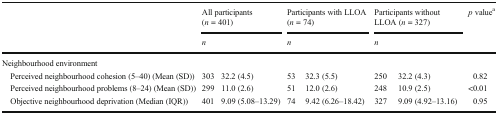
<table><thead><tr><td rowspan="2"></td><td colspan="2"><b>All participants (<i>n</i> = 401)</b></td><td colspan="2"><b>Participants with LLOA (<i>n</i> = 74)</b></td><td colspan="2"><b>Participants without LLOA (<i>n</i> = 327)</b></td><td rowspan="2"><b><i>p</i> value<sup>a</sup></b></td></tr><tr><td colspan="2"><b><i>n</i></b></td><td colspan="2"><b><i>n</i></b></td><td colspan="2"><b><i>n</i></b></td></tr></thead><tbody><tr><td colspan="8">Neighbourhood environment</td></tr><tr><td> Perceived neighbourhood cohesion (5–40) (Mean (SD))</td><td>303</td><td>32.2 (4.5)</td><td>53</td><td>32.3 (5.5)</td><td>250</td><td>32.2 (4.3)</td><td>0.82</td></tr><tr><td> Perceived neighbourhood problems (8–24) (Mean (SD))</td><td>299</td><td>11.0 (2.6)</td><td>51</td><td>12.0 (2.6)</td><td>248</td><td>10.9 (2.5)</td><td>&lt;0.01</td></tr><tr><td> Objective neighbourhood deprivation (Median (IQR))</td><td>401</td><td>9.09 (5.08–13.29)</td><td>74</td><td>9.42 (6.26–18.42)</td><td>327</td><td>9.09 (4.92–13.16)</td><td>0.95</td></tr></tbody></table>